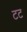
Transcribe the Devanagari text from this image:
टट